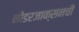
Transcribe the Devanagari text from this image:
नीडरजाक्सनची